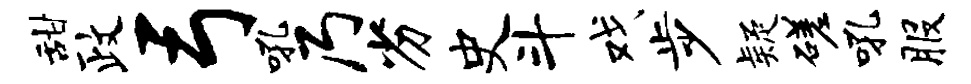
甜政弓吼乃劣史斗戏步疑磋吼服